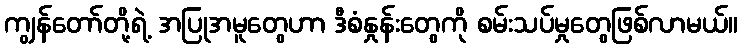
ကျွန်တော်တို့ရဲ့ အပြုအမူတွေဟာ ဒီစံနှုန်းတွေကို စမ်းသပ်မှုတွေဖြစ်လာမယ်။